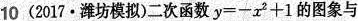
10(2017·潍坊模拟)二次函数$$y = - x ^ { 2 } + 1$$的图象与